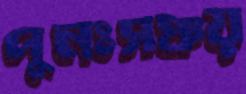
পুনঃসঞ্চয়